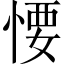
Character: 𢞅